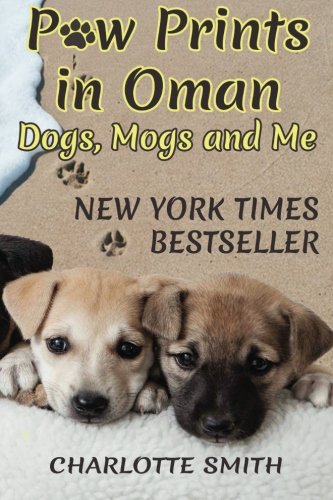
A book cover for Paw Prints in Oman: Dogs, Mogs and Me (Volume 1); Charlotte Smith; Travel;